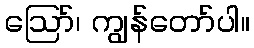
ဩော်၊ ကျွန်တော်ပါ။